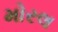
મોરલ